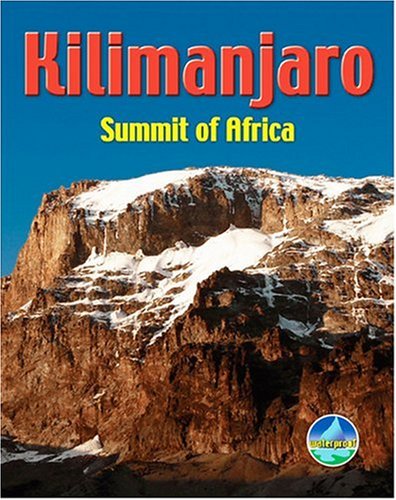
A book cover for Kilimanjaro: Summit of Africa; Jacquetta Megarry; Travel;